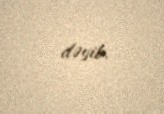
dəyib.